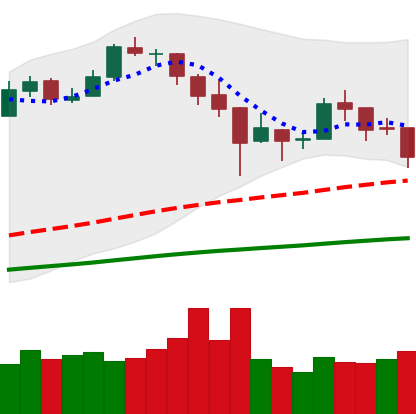
Ticker: BTC-USD
Chart end date: 2017-12-30
Forward return: 20.437%
Label: up_7plus